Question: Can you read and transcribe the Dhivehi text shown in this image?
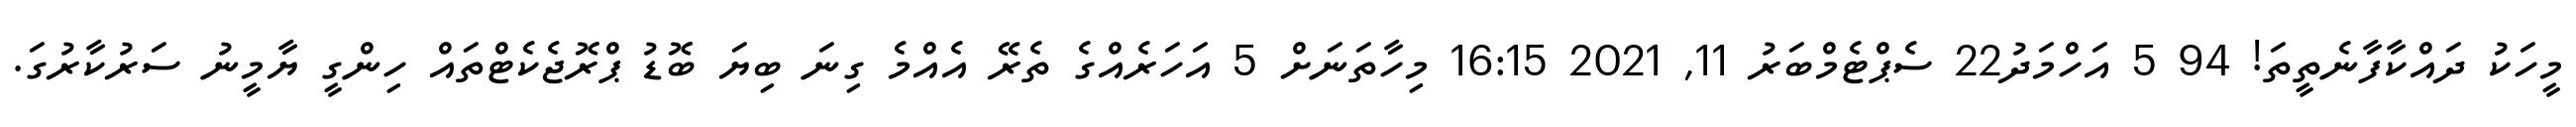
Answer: މީހަކު ދައްކާފާނެތީތަ! 94 5 އަހްމަދު22 ސެޕްޓެމްބަރު 11, 2021 16:15 މިހާތަނަށް 5 އަހަރެއްގެ ތެރޭ އެއްމެ ގިނަ ބިޔަ ބޮޑު ޕްރޮޖެކެޓްތައް ހިންގީ ޔާމީނު ސަރުކާރުގަ.